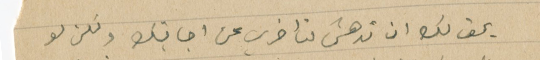
يحق لك ان تدهش لتأخري عن اجابتك ولكن لو